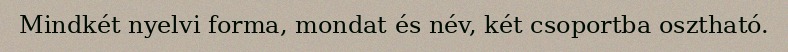
Mindkét nyelvi forma, mondat és név, két csoportba osztható.